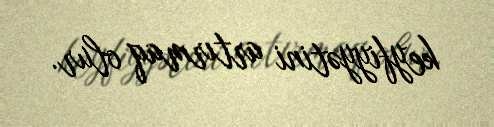
keyfiyyətini artırmaq olur.